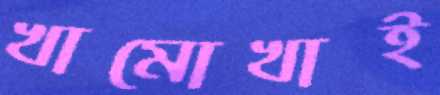
খামোখাই